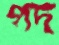
পদ